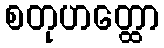
စတုဟတ္ထော